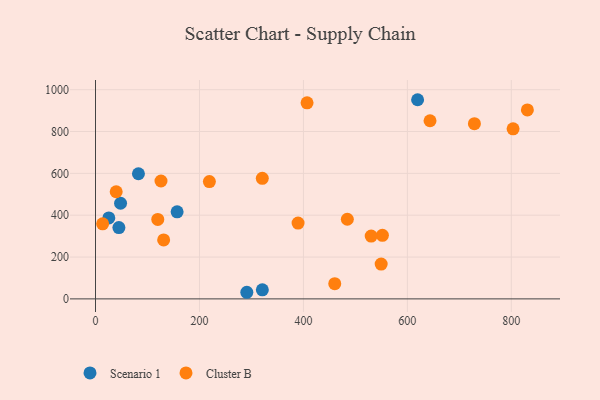
{"axis": {"x": "Study Hours", "y": "Demand"}, "legend": ["Cluster B", "Scenario 1"], "data": [{"x": "45.0", "y": 341.0, "type": "Scenario 1"}, {"x": "291.1", "y": 31.6, "type": "Scenario 1"}, {"x": "157.0", "y": 416.3, "type": "Scenario 1"}, {"x": "25.6", "y": 386.9, "type": "Scenario 1"}, {"x": "321.0", "y": 43.3, "type": "Scenario 1"}, {"x": "48.2", "y": 457.2, "type": "Scenario 1"}, {"x": "82.6", "y": 598.2, "type": "Scenario 1"}, {"x": "619.7", "y": 952.0, "type": "Scenario 1"}, {"x": "552.0", "y": 304.0, "type": "Cluster B"}, {"x": "643.6", "y": 851.5, "type": "Cluster B"}, {"x": "13.7", "y": 358.6, "type": "Cluster B"}, {"x": "729.0", "y": 837.7, "type": "Cluster B"}, {"x": "549.6", "y": 166.2, "type": "Cluster B"}, {"x": "320.9", "y": 576.1, "type": "Cluster B"}, {"x": "39.8", "y": 512.2, "type": "Cluster B"}, {"x": "803.4", "y": 813.0, "type": "Cluster B"}, {"x": "407.0", "y": 937.4, "type": "Cluster B"}, {"x": "131.1", "y": 281.9, "type": "Cluster B"}, {"x": "530.4", "y": 300.1, "type": "Cluster B"}, {"x": "219.1", "y": 560.7, "type": "Cluster B"}, {"x": "119.8", "y": 380.0, "type": "Cluster B"}, {"x": "830.9", "y": 903.3, "type": "Cluster B"}, {"x": "126.0", "y": 563.5, "type": "Cluster B"}, {"x": "484.5", "y": 380.7, "type": "Cluster B"}, {"x": "460.3", "y": 72.6, "type": "Cluster B"}, {"x": "389.7", "y": 362.5, "type": "Cluster B"}]}